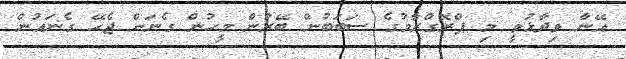
އޭނާ ވިދާޅުވީ މި ޕްރޮގްރާމުގެ ސަބަބުން ބޭރުން މީހުން ގެނަން ޖެހޭ ގެނައުން